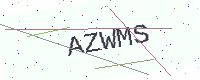
Text: AZWMS